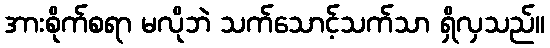
အားစိုက်စရာ မလိုဘဲ သက်သောင့်သက်သာ ရှိလှသည်။